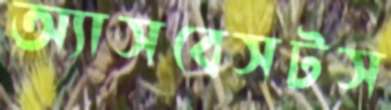
অ্যাসবেসটস